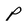
Character: P